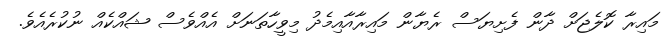
މައިރާ ކޮލެޖަށް ދާން ފެށިޔަސް ރެޔާން މައިރާއާއިމެދު މިވީހާތަނަށް އެއްވެސް ޝައްކެއް ނުކުރެއެވެ.